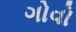
ગોવો